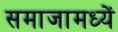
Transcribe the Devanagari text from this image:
समाजामध्यें